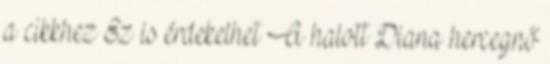
a cikkhez Ez is érdekelhet A halott Diana hercegnő